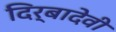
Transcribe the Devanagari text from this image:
दिर्बादेवी